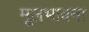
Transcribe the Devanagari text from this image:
मूलभावना